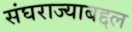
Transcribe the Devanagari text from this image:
संघराज्याबद्दल